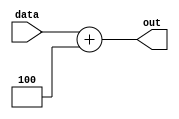
module fourAdder #(parameter W=32)
(
	input [W-1:0] data,
	output reg [W-1:0] out
);
	always@(*) begin
		out <= data + 4 ;
	end
endmodule